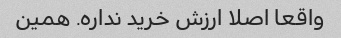
واقعا اصلا ارزش خرید نداره. همین